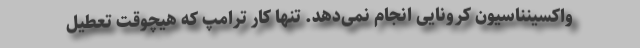
واکسینناسیون کرونایی انجام نمی‌دهد. تنها کار ترامپ که هیچوقت تعطیل